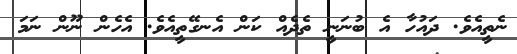
ނެތީއެވެ. ދައުހާ އެ ބުނަނީ ތެދެއް ކަން އެނގޭތީއެވެ. އެހެން ނޫން ނަމަ